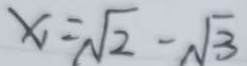
x _ { 1 } = \sqrt { 2 } - \sqrt { 3 }